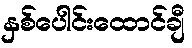
နှစ်ပေါင်းထောင်ချီ